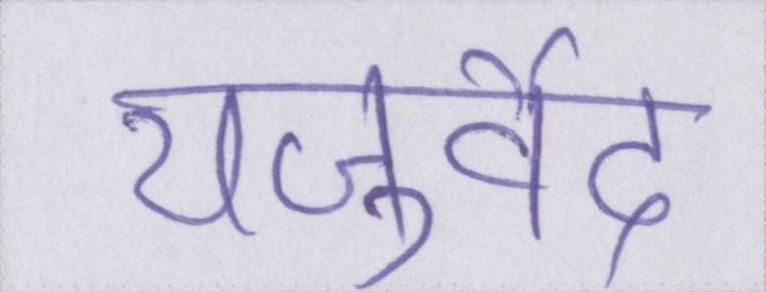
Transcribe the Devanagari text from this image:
यजुर्वेद